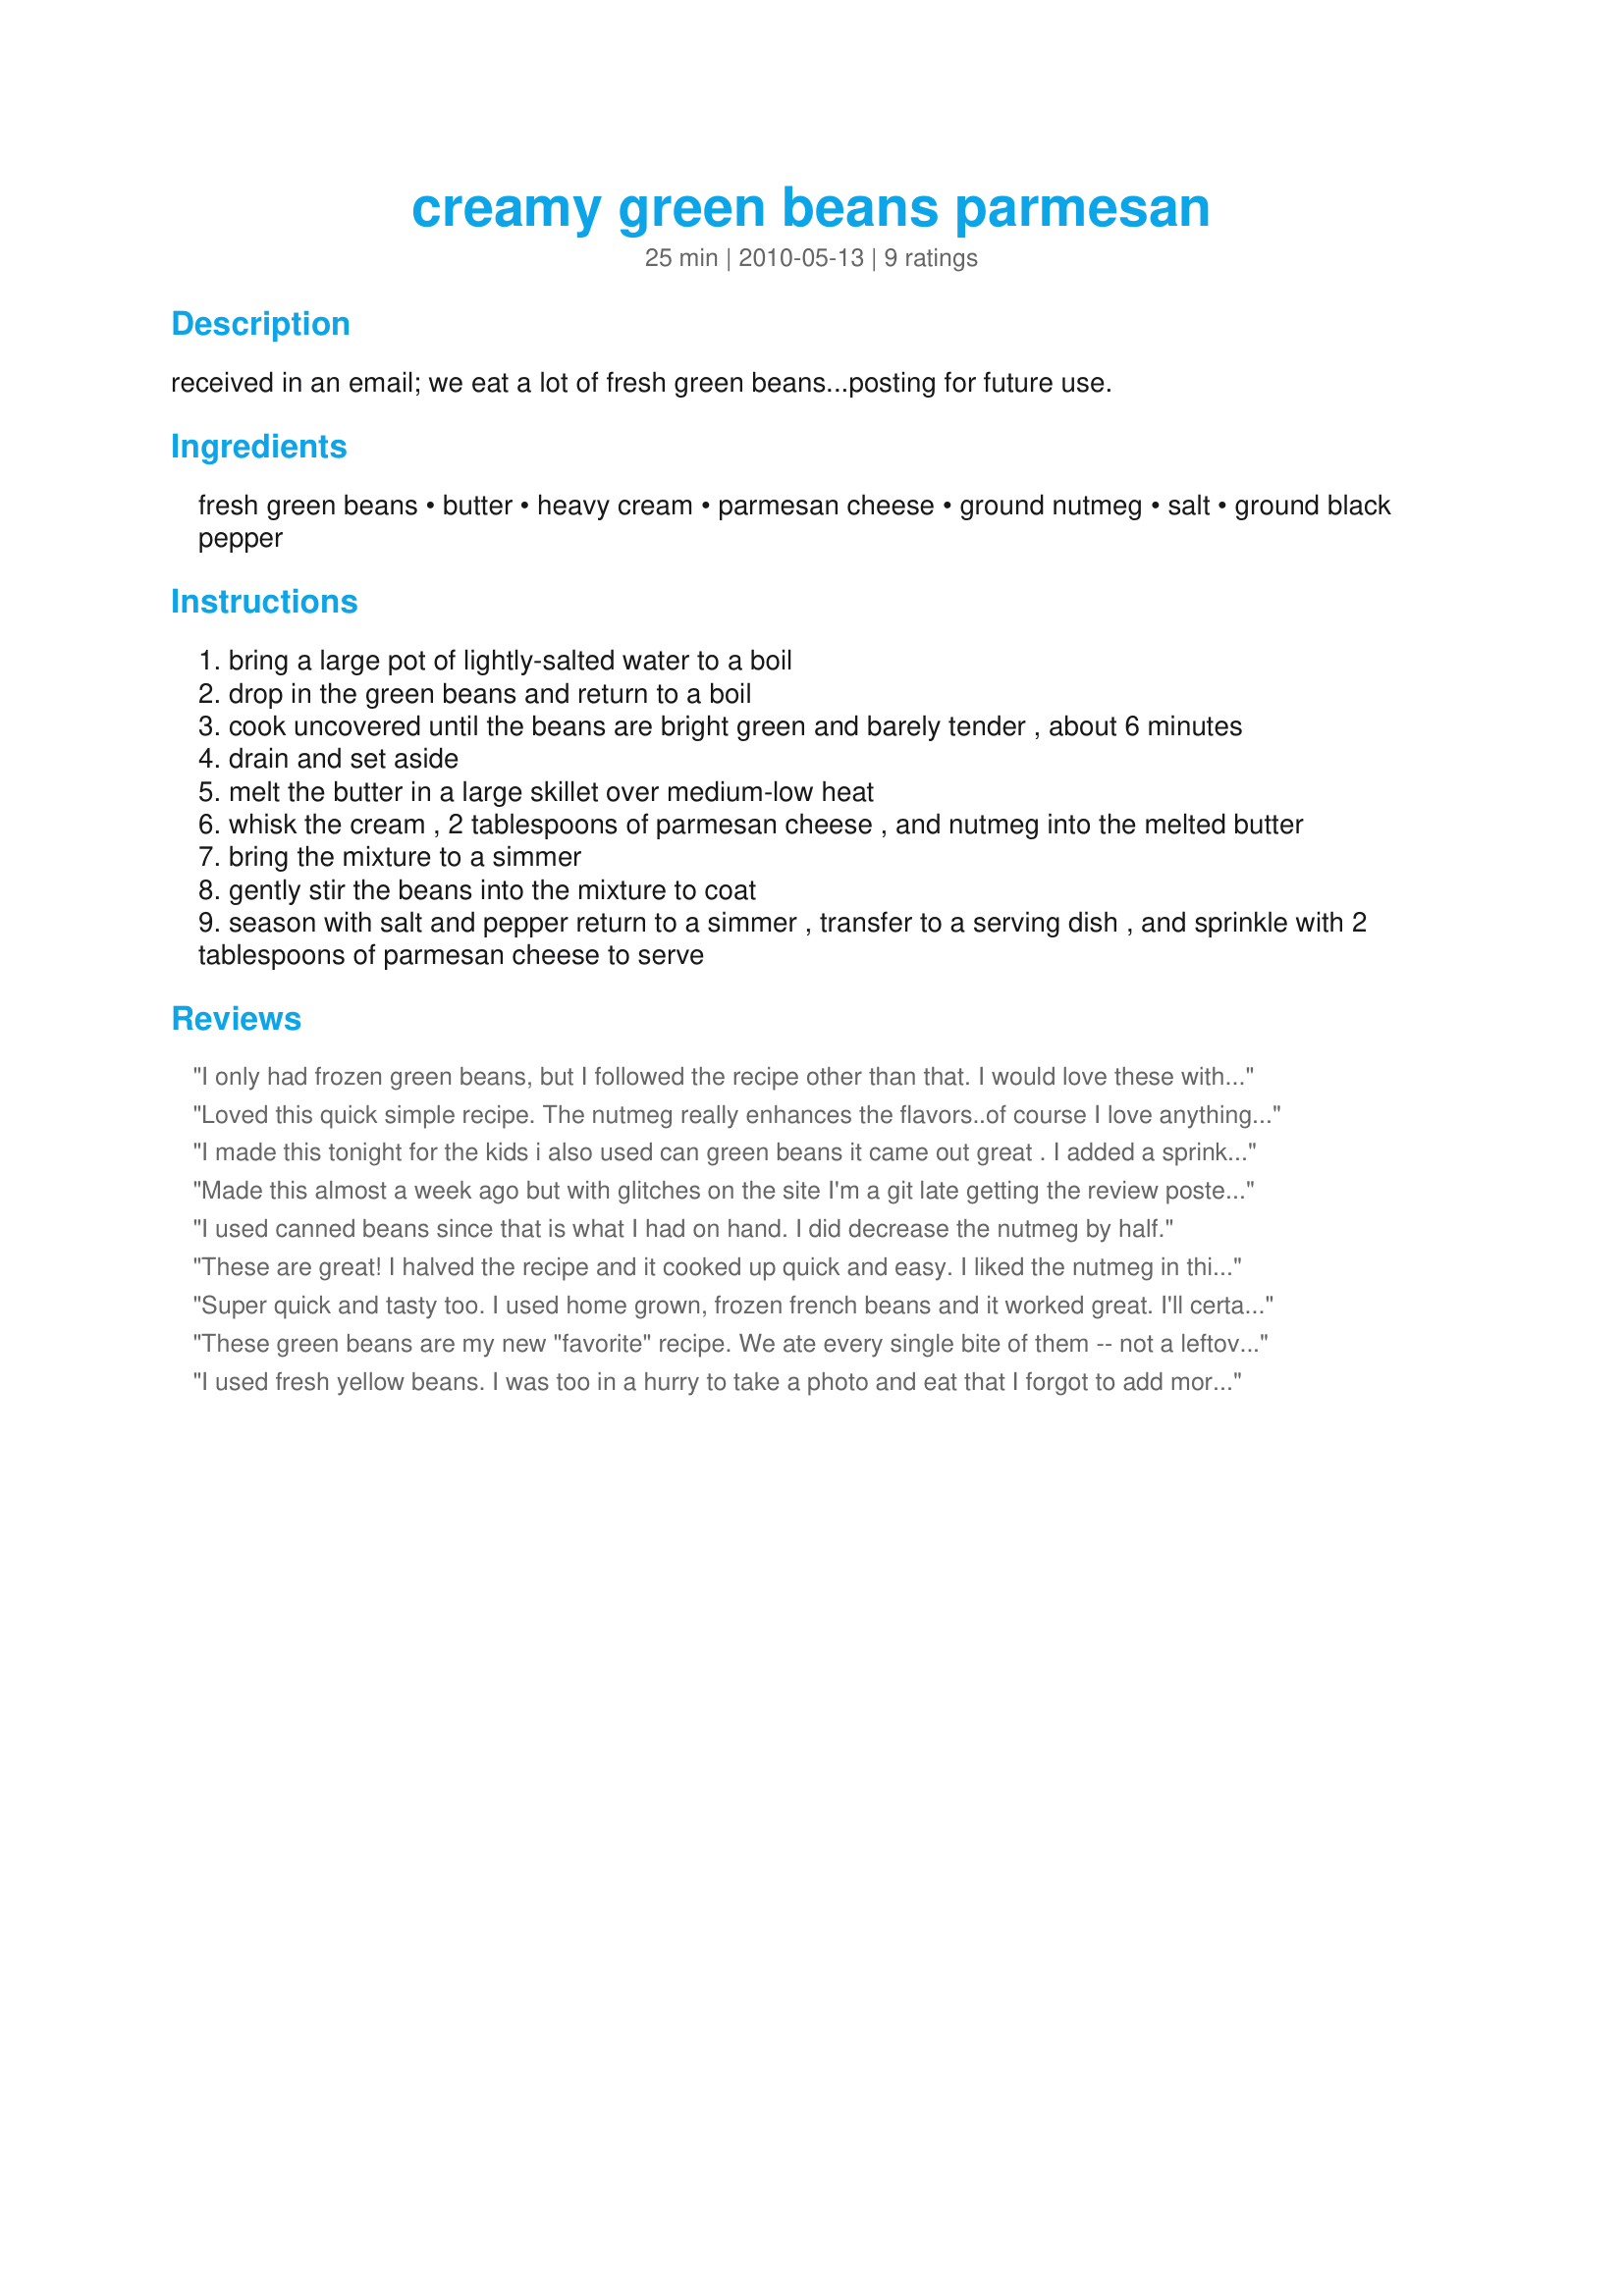
creamy green beans parmesan
Preparation time: 25 minutes

received in an email; we eat a lot of fresh green beans...posting for future use.

Ingredients:
fresh green beans, butter, heavy cream, parmesan cheese, ground nutmeg, salt, ground black pepper

Steps:
bring a large pot of lightly-salted water to a boil
drop in the green beans and return to a boil
cook uncovered until the beans are bright green and barely tender , about 6 minutes
drain and set aside
melt the butter in a large skillet over medium-low heat
whisk the cream , 2 tablespoons of parmesan cheese , and nutmeg into the melted butter
bring the mixture to a simmer
gently stir the beans into the mixture to coat
season with salt and pepper return to a simmer , transfer to a serving dish , and sprinkle with 2 tablespoons of parmesan cheese to serve

Reviews:
I only had frozen green beans, but I followed the recipe other than that. I would love these with less nutmeg (and I love nutmeg), but it was overpowering in this recipe. I thought that 1 t was a little much with that amount of cream. I will make again but with less nutmeg. Thank you for sharing.
Loved this quick simple recipe. The nutmeg really enhances the flavors..of course I love anything with cheese...Hubby likes it too..thanks for posting!!
I made this tonight for the kids i also used can green beans it came out great . I added a sprinkle of garlic powder to it and it added an new dimension. I found the nutmeg was a little over powering though so next time I'll do what another reviewer suggested, cut nutmeg in half. My son who is almost 6 took one look and shook his head no way was he gonna try this. I made him close his eyes and then try it, turns out he really loves it just not looking at it!
Made this almost a week ago but with glitches on the site I'm a git late getting the review posted! We love our green beans around here, & this is a great new way for me to fix 'em, although I did steam them for about 10 minutes rather than cook them in boiling water, as I'm big on retaining all the nutrients I can when cooking! The flavor combo of the freshly grated parmesian cheese & the nutmeg made this a tru winner of a recipe ~ Thanks for sharing it! [Tagged & made in Please Review My Recipe]
I used canned beans since that is what I had on hand. I did decrease the nutmeg by half.
These are great! I halved the recipe and it cooked up quick and easy. I liked the nutmeg in this, but could definitely taste it.....so if you aren't a nutmeg fan I'd reduce the amount. But I'll keep it the same. Thanks for sharing! Made for Holiday Tag.
Super quick and tasty too. I used home grown, frozen french beans and it worked great. I'll certainly make these again.
These green beans are my new "favorite" recipe. We ate every single bite of them -- not a leftover in sight. I plan to make this green bean dish for my holiday meals this year. Thanks for the post! Made for Everyday is a Holiday, November, 2011.
I used fresh yellow beans. I was too in a hurry to take a photo and eat that I forgot to add more parmesan on top. This is a great recipe. But for us the nutmeg was maybe a little too much for our taste. Thanks AZPARZYCH :) Made for Photo tag
